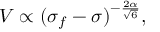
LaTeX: { V \propto ( \sigma _ { f } - \sigma ) ^ { - \frac { 2 \alpha } { \sqrt { 6 } } } , }